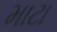
માટા